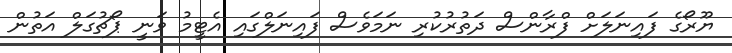
ޔޫރޯގެ ފައިނަލަށް ފްރާންސް ދަތުރުކުރި ނަމަވެސް ފައިނަލްގައި އެޓީމު ވަނީ ޕޯޗުގަލް އަތުން